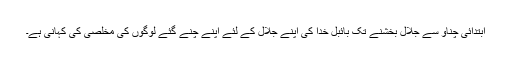
ابتدائی چناؤ سے جلال بخشنے تک بائبل خُدا کی اپنے جلال کے لئے اپنے چُنے گئے لوگوں کی مخلصی کی کہانی ہے۔